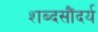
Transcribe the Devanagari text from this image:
शब्दसौंदर्य